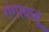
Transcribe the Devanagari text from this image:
गंगाबाबू